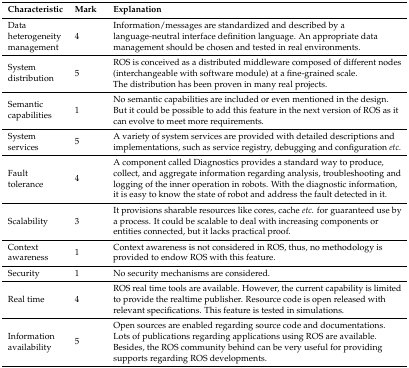
| Characteristic | Mark | Explanation |
 | --- | --- | --- |
 | Data heterogeneity management | 4 | Information/messages are standardized and described by a language-neutral interface definition language. An appropriate data management should be chosen and tested in real environments. |
 | System distribution | 5 | ROS is conceived as a distributed middleware composed of different nodes (interchangeable with software module) at a fine-grained scale. The distribution has been proven in many real projects. |
 | Semantic capabilities | 1 | No semantic capabilities are included or even mentioned in the design. But it could be possible to add this feature in the next version of ROS as it can evolve to meet more requirements. |
 | System services | 5 | A variety of system services are provided with detailed descriptions and implementations, such as service registry, debugging and configuration etc. |
 | Fault tolerance | 4 | A component called Diagnostics provides a standard way to produce, collect, and aggregate information regarding analysis, troubleshooting and logging of the inner operation in robots. With the diagnostic information, it is easy to know the state of robot and address the fault detected in it. |
 | Scalability | 3 | It provisions sharable resources like cores, cache etc. for guaranteed use by a process. It could be scalable to deal with increasing components or entities connected, but it lacks practical proof. |
 | Context awareness | 1 | Context awareness is not considered in ROS, thus, no methodology is provided to endow ROS with this feature. |
 | Security | 1 | No security mechanisms are considered. |
 | Real time | 4 | ROS real time tools are available. However, the current capability is limited to provide the realtime publisher. Resource code is open released with relevant specifications. This feature is tested in simulations. |
 | Information availability | 5 | Open sources are enabled regarding source code and documentations. Lots of publications regarding applications using ROS are available. Besides, the ROS community behind can be very useful for providing supports regarding ROS developments. |